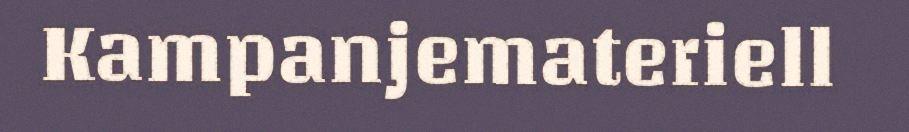
Kampanjemateriell